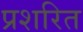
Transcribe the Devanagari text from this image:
प्रशरित